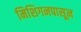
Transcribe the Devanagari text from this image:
मिशिगनपासून